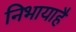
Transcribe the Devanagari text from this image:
निभायाहै